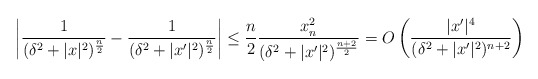
\begin{align*}\left|\frac{1}{(\delta^2+|x|^2)^\frac{n}{2}}-\frac{1}{(\delta^2+|x'|^2)^\frac{n}{2}} \right|\leq \frac{n}{2}\frac{x_n^2}{(\delta^2+|x'|^2)^\frac{n+2}{2}}=O\left(\frac{|x'|^4}{(\delta^2+|x'|^2)^{n+2}} \right)\end{align*}